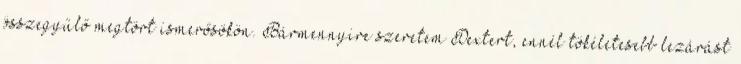
összegyűlő megtört ismerősökön. Bármennyire szeretem Dextert, ennél tökéletesebb lezárást